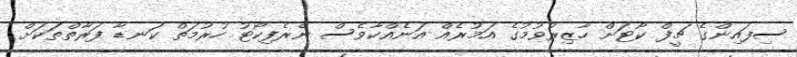
ސިފައިންގެ ޗީފް ކޯޓަށް ހާޒިރުވުމުގެ އަމުރެއް އަނެއްކާވެސް ނެރެފިކޯޓު ހުރުމަތް ކަނޑާ ފަރާތްތަކަށް